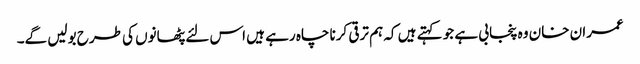
عمران خان وہ پنجابی ہے جو کہتے ہیں کہ ہم ترقی کرنا چاہ رہے ہیں اس لئے پٹھانوں کی طرح بولیں گے۔